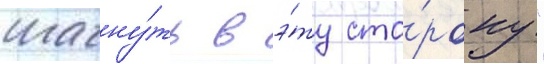
шагну́ть в э́ту сто́рону"